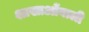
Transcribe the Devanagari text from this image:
शाखाओंवाली